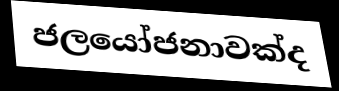
ජලයෝජනාවක්ද